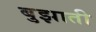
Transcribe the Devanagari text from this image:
बुझाती